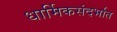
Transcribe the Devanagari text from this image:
धार्मिकसंदर्भात